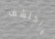
واكتشف